Civil Veterinary Dept. Bombay admin report 1907-1913 - 1907-1913
Year: 1907
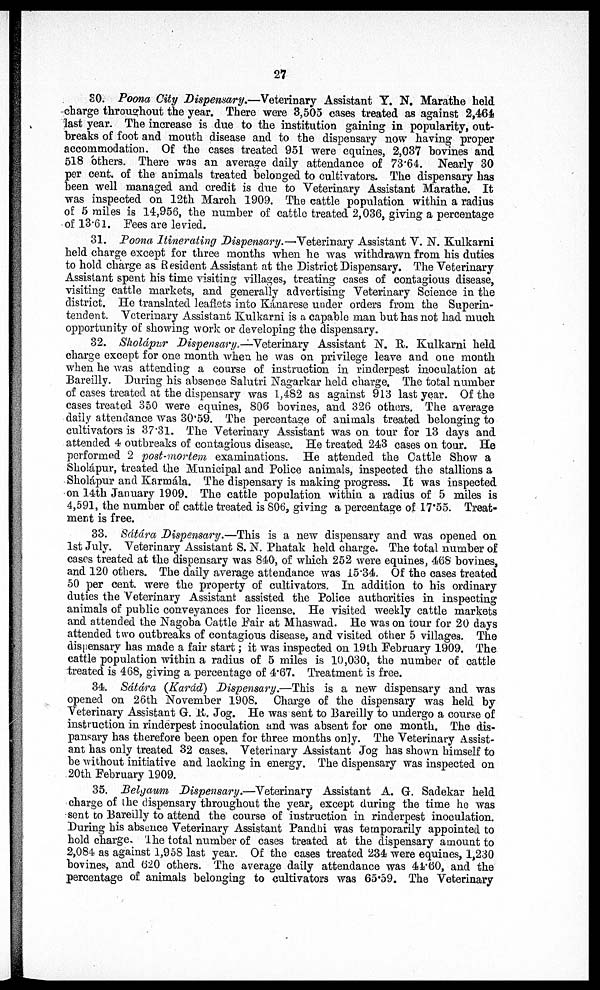
27
SO. Poona City Dispensary.—Veterinary Assistant Y. N. Marathe held
charge throughout the year. There were 3,505 cases treated as against 2,464
last year. The increase is due to the institution gaining in popularity, out-
breaks of foot and mouth disease and to the dispensary now having proper
accommodation. Of the cases treated 951 were equines, 2,037 bovines and
518 others. There was an average daily attendance of 73.64. Nearly 30
per cent of the animals treated belonged to cultivators. The dispensary has
been well managed and credit is due to Veterinary Assistant Marathe. It
was inspected on 12th March 1909. The cattle population within a radius
of 5 miles is 14,956, the number of cattle treated 2,036, giving a percentage
of 13.61. Fees are levied.
31. Poona Itinerating Dispensary.—Veterinary Assistant V. N. Kulkarni
held charge except for three months when he was withdrawn from his duties
to hold charge as Resident Assistant at the District Dispensary. The Veterinary
Assistant spent his time visiting villages, treating cases of contagious disease,
visiting cattle markets, and generally advertising Veterinary Science in the
district. He translated leaflets into Kánarese under orders from the Superin-
tendent. Veterinary Assistant Kulkarni is a capable man but has not had much
opportunity of showing work or developing the dispensary.
32. Sholápur Dispensary —Veterinary Assistant N. R. Kulkarni held
charge except for one month when he was on privilege leave and one month
when he was attending a coarse of instruction in rinderpest inoculation at
Bareilly. During his absence Salutri Nagarkar held charge. The total number
of cases treated at the dispensary was 1,482 as against 913 last year. Of the
cases treated 350 were equines, 806 bovines, and 326 others. The average
daily attendance was 30.59. The percentage of animals treated belonging to
cultivators is 37.3l. The Veterinary Assistant was on tour for 13 days and
attended 4 outbreaks of contagious disease. He treated 243 cases on tour. He
performed 2 post-mortem examinations. He attended the Cattle Show a
Sholápur, treated the Municipal and Police animals, inspected the stallions a
Sholápur and Karmála. The dispensary is making progress. It was inspected
on 14th January 1909. The cattle population within a radius of 5 miles is
4,591, the number of cattle treated is 806, giving a percentage of 17.55. Treat-
ment is free.
33. Sátára Dispensary.—This is a new dispensary and was opened on
1st July. Veterinary Assistant S. N. Phatak held charge. The total number of
cases treated at the dispensary was 840, of which 252 were equines, 468 bovines,
and 120 others. The daily average attendance was 15.34. Of the cases treated
50 per cent. were the property of cultivators. In addition to his ordinary
duties the Veterinary Assistant assisted the Police authorities in inspecting
animals of public conveyances for license. He visited weekly cattle markets
and attended the Nagoba Cattle Fair at Mhaswad. He was on tour for 20 days
attended two outbreaks of contagious disease, and visited other 5 villages. The
dispensary has made a fair start; it was inspected on 19th February 1909. The
cattle population within a radius of 5 miles is 10,030, the number of cattle
treated is 468, giving a percentage of 4.67. Treatment is free.
34. Sátára (Karád) Dispensary.—This is a new dispensary and was
opened on 26th November 1908. Charge of the dispensary was held by
Veterinary Assistant G. R. Jog. He was sent to Bareilly to undergo a course of
instruction in rinderpest inoculation and was absent for one month. The dis-
pansary has therefore been open for three months only. The Veterinary Assist-
ant has only treated 32 cases. Veterinary Assistant Jog has shown himself to
be without initiative and lacking in energy. The dispensary was inspected on
20th February 1909.
35. Belgaum Dispensary.—Veterinary Assistant A. G. Sadekar held
charge of the dispensary throughout the year, except during the time he was
sent to Bareilly to attend the course of instruction in rinderpest inoculation.
During his absence Veterinary Assistant Pandhi was temporarily appointed to
hold charge. The total number of cases treated at the dispensary amount to
2,084 as against 1,958 last year. Of the cases treated 234 were equines, 1,230
bovines, and 620 others. The average daily attendance was 44.60, and the
percentage of animals belonging to cultivators was 65.59. The Veterinary